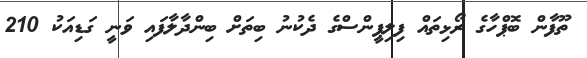
ތޫފާން ބޮޕްހާގެ ރޯޅިތައް ފިލިޕީންސްގެ ދެކުނު ބިތަށް ބިންދާލާފައި ވަނީ ގަޑިއަކު 210